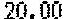
20.00